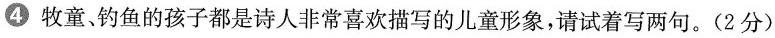
④牧童，钓鱼的孩子都是诗人非常喜欢描写的儿童形象，请试着写两句。(2分)